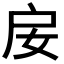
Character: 𢨭